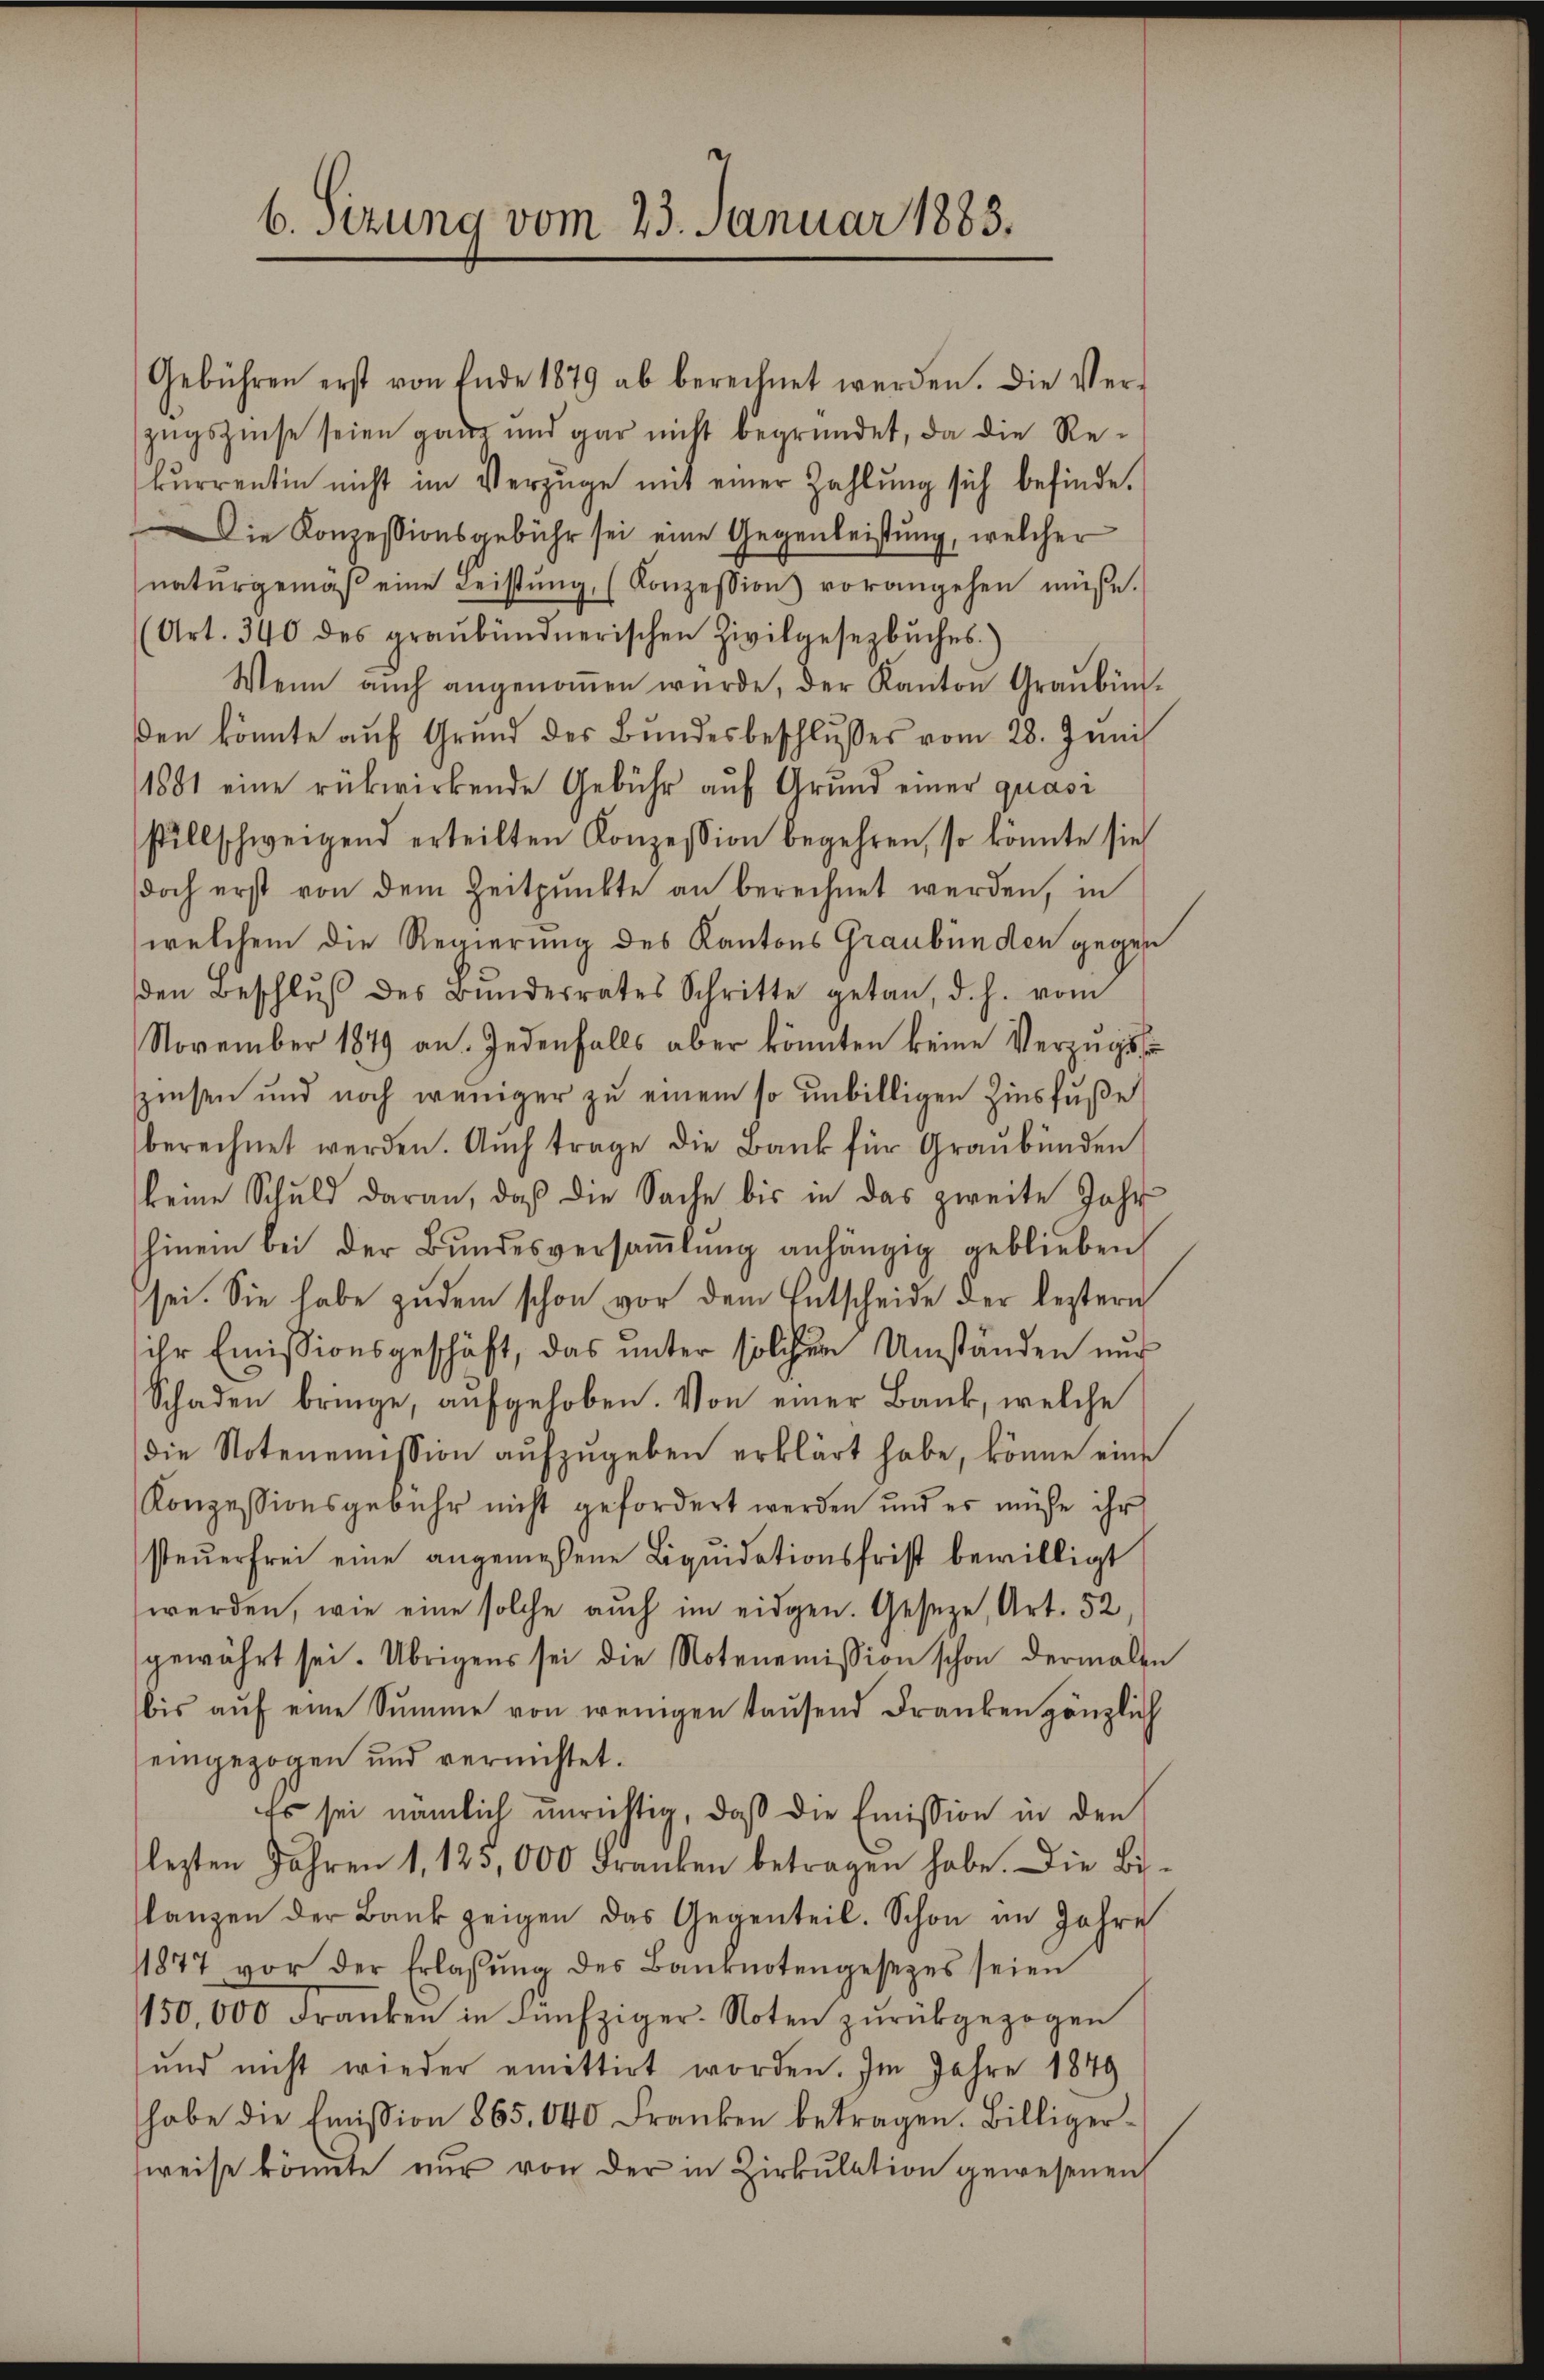
6. Sizung vom 23. Januar 1883.

Gebühren erst von Ende 1879 ab berechnet werden. Die Ver-
zugszinse seien ganz und gar nicht begründet, da die Rekurrentin nicht im Verzüge mit einer Zahlung sich befinde.
Die Konzessionsgebühr sei eine Gegenleistung, welcher
natŭrgemäβ eine Leistŭng, (Konzession vorangehen müße.
(Art. 340 des graubündnerischen Zivilgesezbŭches.)
Wenn aŭch angenoṁen wŭrde, der Kanton Graubün
den könnte auf Grund des Bundesbeschlusses vom 28. Juni
1881 eine rükwirkende Gebühr auf Grund einer quasi
stillschweigend erteilten Konzession begehren, so könnte sieh
doch erst von dem Zeitpunkte an berechnet werden, in
welchem die Regierung des Kantons Graubünden gegen
den Beschlŭβ des Bŭndesrates Schritte getan, d. h. vom
November 1849 an. Jedenfalls aber könnten keine Verzugss
zinsen und noch weniger zu einem so unbilligen Zinsfuße
berechnet werden. Auch trage die Bank für Graubünden
keine Schuld daran, daß die Sache bis in das zweite Jahr
hinein bei der Bundesversaṁlŭng anhängig geblieben
sei. Sie habe zudem schon vor dem Entscheide der leztern
ihr Emissionsgeschäft, das unter solchen Umständen nur
Schaden bringe, aufgehoben. Von einer Bank, welche
die Notenemission aŭfzŭgeben erklärt habe, könne eine
Konzessionsgebühr nicht gefordert werden, und es müsse ihr
steuerfrei eine angemessene Liquidationsfrist bewilligt
werden, wie eine solche auch im eidgen. Geseze, Art. 52,
gewährt sei. Übrigens sei die Notenemission schon dermalen
bis aŭf eine Summe von wenigen tausend Franken gänzlich
eingezogen und vernichtet.
Es sei nämlich unrichtig, daß die Emission in den
lezten Jahren 1. 123,000 Franken betragen habe. Die Bi-
lanzen der Bank zeigen das Gegenteil. Schon im Jahre
1877 vor der Erlassŭng des Baŭrnotengesezes seien
150,000 Franken in Fünfziger-Noten zŭrückgezogen
und nicht wieder emittirt worden. Im Jahre 1849
habe die Emission 865. 640 Franken betragen. Billiger-
weise könnte nur von der in Zirkulation gewesenen